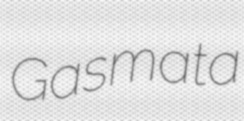
Gasmata